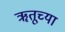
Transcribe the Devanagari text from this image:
ॠतूच्या